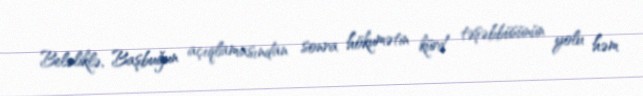
Beləliklə, Başbuğun açıqlamasından sonra hökumətin kürd təşəbbüsünün yolu həm